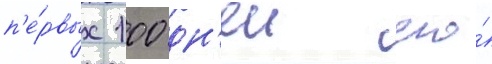
п'е́рвых 100 дн'еи его́